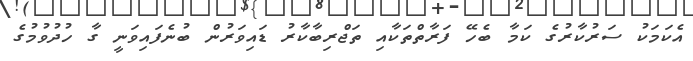
އެކަމަކު ސަރުކާރުގެ ކަމާ ބެހޭ ފަރާތްތަކާއި ތަޖްރިބާކާރު ޑައިވަރުން ބުނެފައިވަނީ ގާ ހުދުވުމުގެ